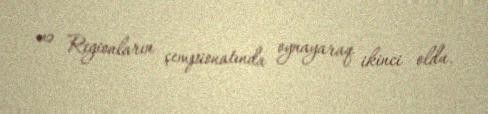
və Regionların çempionatında oynayaraq ikinci oldu.